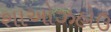
શાઓઝહોઉ